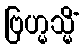
ဗြဟ္မသ္မိံ